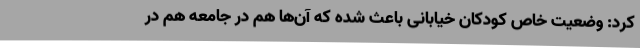
کرد: وضعیت خاص کودکان خیابانی باعث شده که آن‌ها هم در جامعه هم در